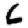
Digit: 6